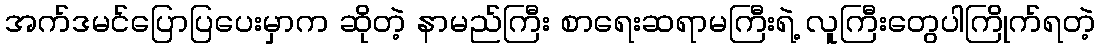
အက်ဒမင်ပြောပြပေးမှာက ဆိုတဲ့ နာမည်ကြီး စာရေးဆရာမကြီးရဲ့ လူကြီးတွေပါကြိုက်ရတဲ့